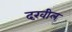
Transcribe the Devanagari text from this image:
दख़ील